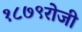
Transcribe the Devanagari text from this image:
१८७९रोजी